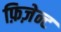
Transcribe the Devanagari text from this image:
फ़िज़ेन्ट